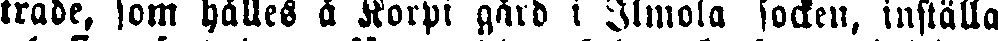
träde, som hålles i Korpi gård i Ilmola socken, inställa